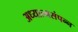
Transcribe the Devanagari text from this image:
अध्यात्मसंपन्न